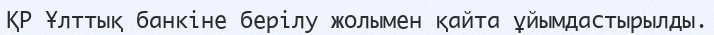
ҚР Ұлттық банкіне берілу жолымен қайта ұйымдастырылды.